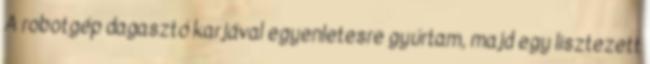
A robotgép dagasztó karjával egyenletesre gyúrtam, majd egy lisztezett